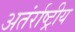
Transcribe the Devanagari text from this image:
अतंर्राष्ट्रीय